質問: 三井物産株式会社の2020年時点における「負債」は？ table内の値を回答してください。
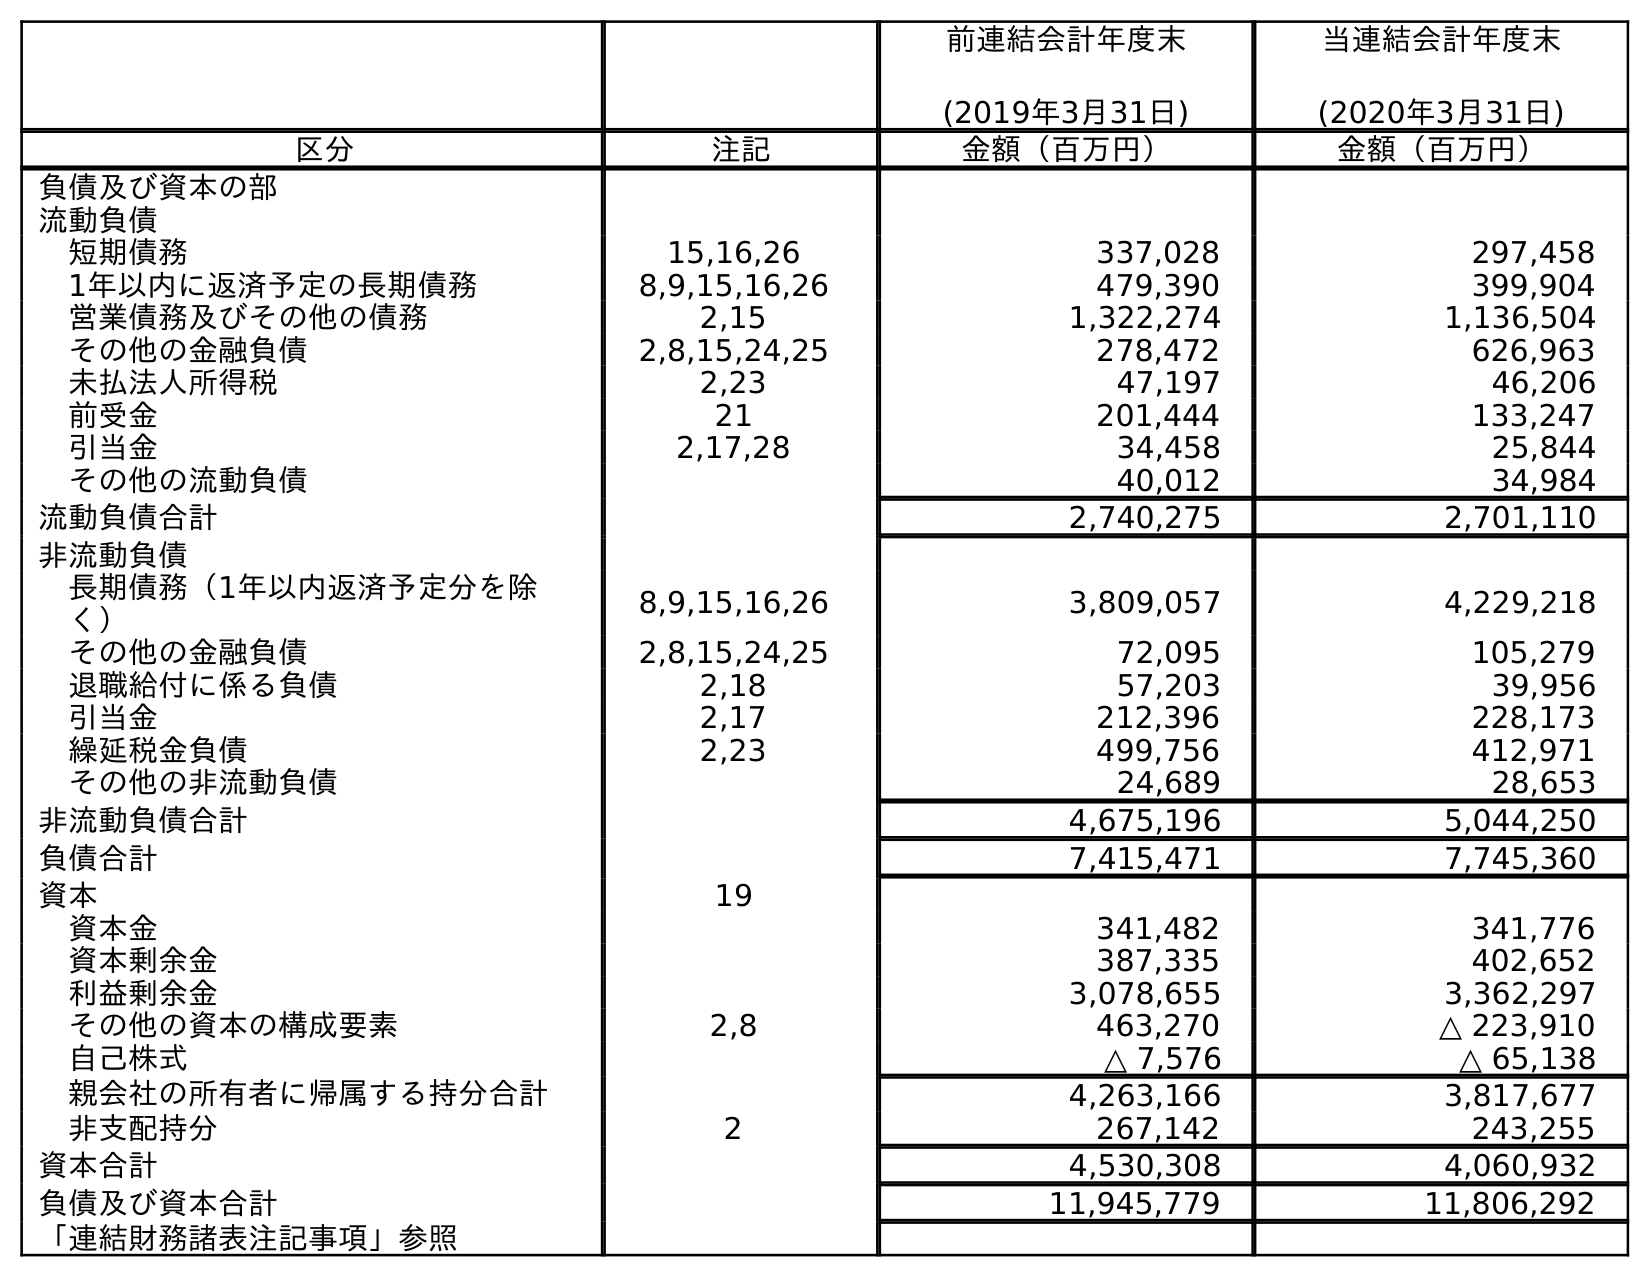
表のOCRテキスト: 前連結会計年度末 (2019年3月31日) 当連結会計年度末 (2020年3月31日) 区分 注記 金額（百万円） 金額（百万円） 負債及び資本の部 流動負債 短期債務 15,16,26 337,028 297,458 1年以内に返済予定の長期債務 8,9,15,16,26 479,390 399,904 営業債務及びその他の債務 2,15 1,322,274 1,136,504 その他の金融負債 2,8,15,24,25 278,472 626,963 未払法人所得税 2,23 47,197 46,206 前受金 21 201,444 133,247 引当金 2,17,28 34,458 25,844 その他の流動負債 40,012 34,984 流動負債合計 2,740,275 2,701,110 非流動負債 長期債務（1年以内返済予定分を除 く） 8,9,15,16,26 3,809,057 4,229,218 その他の金融負債 2,8,15,24,25 72,095 105,279 退職給付に係る負債 2,18 57,203 39,956 引当金 2,17 212,396 228,173 繰延税金負債 2,23 499,756 412,971 その他の非流動負債 24,689 28,653 非流動負債合計 4,675,196 5,044,250 負債合計 7,415,471 7,745,360 資本 19 資本金 341,482 341,776 資本剰余金 387,335 402,652 利益剰余金 3,078,655 3,362,297 その他の資本の構成要素 2,8 463,270 △ 223,910 自己株式 △ 7,576 △ 65,138 親会社の所有者に帰属する持分合計 4,263,166 3,817,677 非支配持分 2 267,142 243,255 資本合計 4,530,308 4,060,932 負債及び資本合計 11,945,779 11,806,292 「連結財務諸表注記事項」参照
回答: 7,745,360